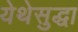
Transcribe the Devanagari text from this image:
येथेसुद्धा